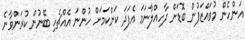
އަންހެން މުވައްޒަފުން ބޮޑަށް ދާހިއްލާނަމަ އެފަދަ ކަންކަމަށް ހުންނަ އެއްޗެހި ބޭނުން ކުރަންވާނެ